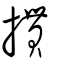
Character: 摜